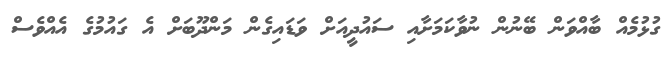
ގުޅުމެއް ބާއްވަން ބޭނުން ނުވާކަމަށާއި ސައުދީއަށް ވަޑައިގެން މަންދޫބަށް އެ ގައުމުގެ އެއްވެސް